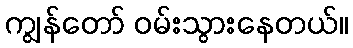
ကျွန်တော် ဝမ်းသွားနေတယ်။